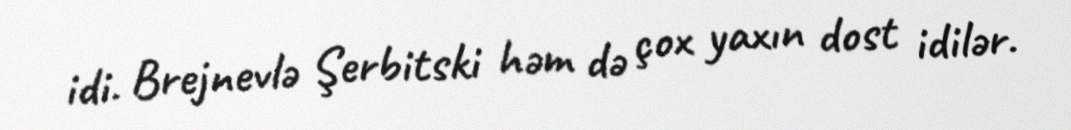
idi. Brejnevlə Şerbitski həm də çox yaxın dost idilər.